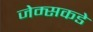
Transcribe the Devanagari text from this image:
जेम्सकडे